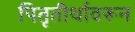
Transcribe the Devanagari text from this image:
पितृतीर्थावरून